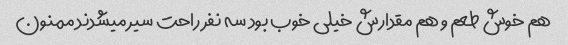
هم خوش طعم و هم مقدارش خیلی خوب بود سه نفر راحت سیر میشدند ممنون